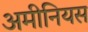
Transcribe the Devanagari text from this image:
अमीनियस